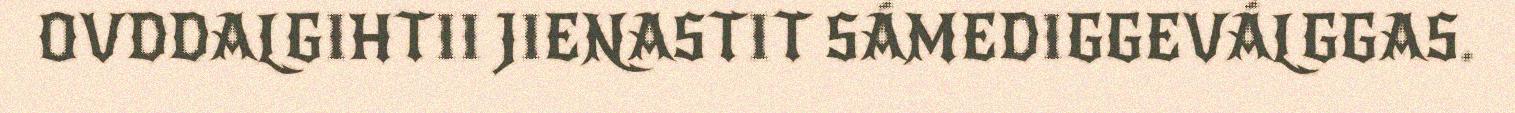
OVDDALGIHTII JIENASTIT SÁMEDIGGEVÁLGGAS.